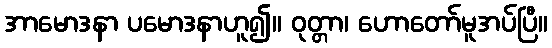
အာမောဒနာ ပမောဒနာဟူ၍။ ဝုတ္တာ၊ ဟောတော်မူအပ်ပြီ။